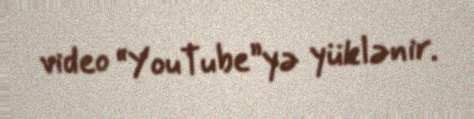
video “YouTube”yə yüklənir.